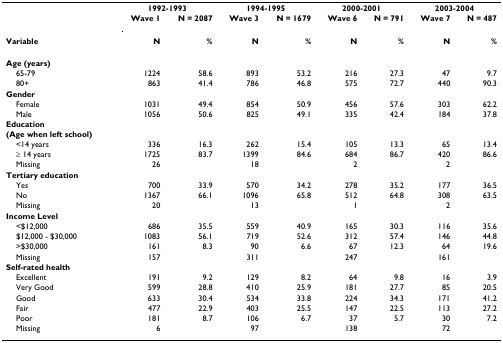
<table><thead><tr><td></td><td colspan="2"><b>1992-1993</b></td><td colspan="2"><b>1994-1995</b></td><td colspan="2"><b>2000-2001</b></td><td colspan="2"><b>2003-2004</b></td></tr><tr><td></td><td><b>Wave 1</b></td><td><b>N = 2087</b></td><td><b>Wave 3</b></td><td><b>N = 1679</b></td><td><b>Wave 6</b></td><td><b>N = 791</b></td><td><b>Wave 7</b></td><td><b>N = 487</b></td></tr><tr><td><b>Variable</b></td><td><b>N</b></td><td><b>%</b></td><td><b>N</b></td><td><b>%</b></td><td><b>N</b></td><td><b>%</b></td><td><b>N</b></td><td><b>%</b></td></tr></thead><tbody><tr><td><b>Age (years)</b></td><td></td><td></td><td></td><td></td><td></td><td></td><td></td><td></td></tr><tr><td> 65-79</td><td>1224</td><td>58.6</td><td>893</td><td>53.2</td><td>216</td><td>27.3</td><td>47</td><td>9.7</td></tr><tr><td> 80+</td><td>863</td><td>41.4</td><td>786</td><td>46.8</td><td>575</td><td>72.7</td><td>440</td><td>90.3</td></tr><tr><td><b>Gender</b></td><td></td><td></td><td></td><td></td><td></td><td></td><td></td><td></td></tr><tr><td> Female</td><td>1031</td><td>49.4</td><td>854</td><td>50.9</td><td>456</td><td>57.6</td><td>303</td><td>62.2</td></tr><tr><td> Male</td><td>1056</td><td>50.6</td><td>825</td><td>49.1</td><td>335</td><td>42.4</td><td>184</td><td>37.8</td></tr><tr><td><b>Education</b><b>(Age when left school)</b></td><td></td><td></td><td></td><td></td><td></td><td></td><td></td><td></td></tr><tr><td> &lt;14 years</td><td>336</td><td>16.3</td><td>262</td><td>15.4</td><td>105</td><td>13.3</td><td>65</td><td>13.4</td></tr><tr><td> ≥ 14 years</td><td>1725</td><td>83.7</td><td>1399</td><td>84.6</td><td>684</td><td>86.7</td><td>420</td><td>86.6</td></tr><tr><td> Missing</td><td>26</td><td></td><td>18</td><td></td><td>2</td><td></td><td>2</td><td></td></tr><tr><td><b>Tertiary education</b></td><td></td><td></td><td></td><td></td><td></td><td></td><td></td><td></td></tr><tr><td> Yes</td><td>700</td><td>33.9</td><td>570</td><td>34.2</td><td>278</td><td>35.2</td><td>177</td><td>36.5</td></tr><tr><td> No</td><td>1367</td><td>66.1</td><td>1096</td><td>65.8</td><td>512</td><td>64.8</td><td>308</td><td>63.5</td></tr><tr><td> Missing</td><td>20</td><td></td><td>13</td><td></td><td>1</td><td></td><td>2</td><td></td></tr><tr><td><b>Income Level</b></td><td></td><td></td><td></td><td></td><td></td><td></td><td></td><td></td></tr><tr><td> &lt;$12,000</td><td>686</td><td>35.5</td><td>559</td><td>40.9</td><td>165</td><td>30.3</td><td>116</td><td>35.6</td></tr><tr><td> $12,000 - $30,000</td><td>1083</td><td>56.1</td><td>719</td><td>52.6</td><td>312</td><td>57.4</td><td>146</td><td>44.8</td></tr><tr><td> &gt;$30,000</td><td>161</td><td>8.3</td><td>90</td><td>6.6</td><td>67</td><td>12.3</td><td>64</td><td>19.6</td></tr><tr><td> Missing</td><td>157</td><td></td><td>311</td><td></td><td>247</td><td></td><td>161</td><td></td></tr><tr><td><b>Self-rated health</b></td><td></td><td></td><td></td><td></td><td></td><td></td><td></td><td></td></tr><tr><td> Excellent</td><td>191</td><td>9.2</td><td>129</td><td>8.2</td><td>64</td><td>9.8</td><td>16</td><td>3.9</td></tr><tr><td> Very Good</td><td>599</td><td>28.8</td><td>410</td><td>25.9</td><td>181</td><td>27.7</td><td>85</td><td>20.5</td></tr><tr><td> Good</td><td>633</td><td>30.4</td><td>534</td><td>33.8</td><td>224</td><td>34.3</td><td>171</td><td>41.2</td></tr><tr><td> Fair</td><td>477</td><td>22.9</td><td>403</td><td>25.5</td><td>147</td><td>22.5</td><td>113</td><td>27.2</td></tr><tr><td> Poor</td><td>181</td><td>8.7</td><td>106</td><td>6.7</td><td>37</td><td>5.7</td><td>30</td><td>7.2</td></tr><tr><td> Missing</td><td>6</td><td></td><td>97</td><td></td><td>138</td><td></td><td>72</td><td></td></tr></tbody></table>